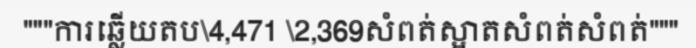
"""ការឆ្លើយតប\4,471 \2,369សំពត់ស្អាតសំពត់សំពត់"""